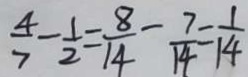
\frac { 4 } { 7 } - \frac { 1 } { 2 } = \frac { 8 } { 1 4 } - \frac { 7 } { 1 4 } = \frac { 1 } { 1 4 }